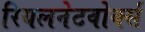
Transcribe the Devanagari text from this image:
रियलनेटवोर्क्स